Note on the mental hospitals in Burma - 1925-1940
Year: 1925
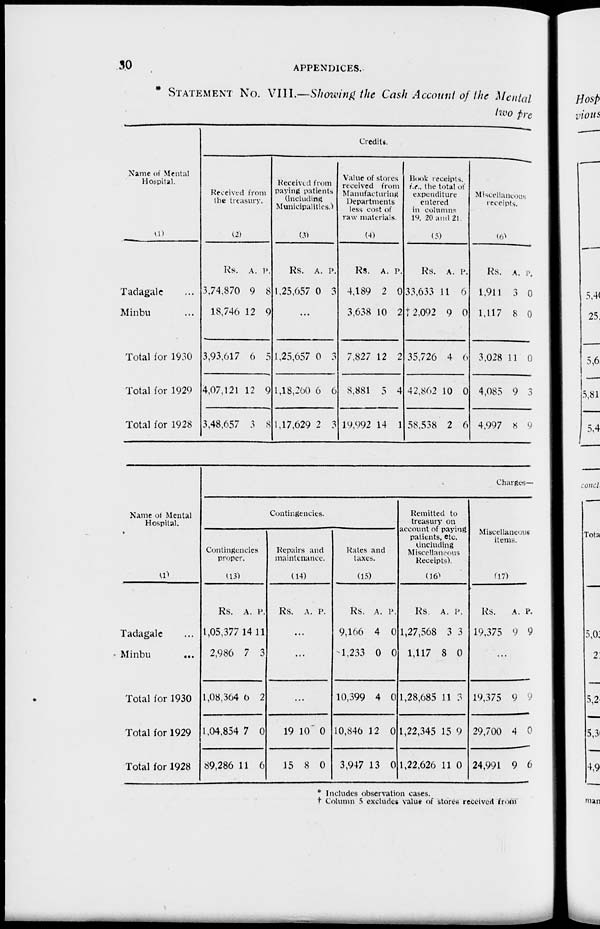
30
APPENDICES.
* STATEMENT No. VIII.—Showing the Cash Account of the Mental
two pre
Name of Mental
Hospital.
(1)
Tadagale ...
Minbu ...
Total for 1930
Total for 1929
Total for 1928
Credits.
Received from
the treasury.
(2)
Rs.
3,74,870
18,746
3,93,617
4,07,121
3,48,657
A.
9
12
6
12
3
P.
8
9
5
9
8
Received from
paying patients
(including
Municipalities.)
(3)
Rs.
1,25,657
A.
0
P.
3
...
1,25,657
1,18,260
1,17,629
0
6
2
3
6
3
Value of stores
received from
Manufacturing
Departments
less cost of
raw materials.
(4)
Rs.
4,189
3,638
7,827
8,881
19,992
A.
2
10
12
5
14
P.
0
2
2
4
1
Book receipts.
i.e.. the total of
expenditure
entered
in columns
19, 20 and 21
(5)
Rs.
33,633
†2,092
35,726
42,862
58,538
A.
11
9
4
10
2
P.
6
0
6
0
6
Miscellaneous
receipts.
(6)
Rs.
1,911
1,117
3,028
4,085
4,997
A.
3
8
11
9
8
P.
0
0
0
3
9
Name of Mental
Hospital.
(1)
Tadagale ...
Minbu
...
Total for 1930
Total for 1929
Total for 1928
Charges—
Contingencies.
Contingencies
proper.
(13)
Rs.
1,05,377
2,986
1,08,364
1,04,854
89,286
A.
14
7
6
7
11
P.
11
3
2
0
6
Repairs and
maintenance.
(14)
Rs. A. P.
...
...
...
19
15
10
8
0
0
Rates and
taxes.
(15)
Rs.
9,166
1,233
10,399
10,846
3,947
A.
4
0
4
12
13
P.
0
0
0
0
0
Remitted to
treasury on
account of paying
patients, etc.
(including
Miscellaneous
Receipts).
(16)
Rs.
1,27,568
1,117
1,28,685
1,22,345
1,22,626
A.
3
8
11
15
11
P.
3
0
3
9
0
Miscellaneous
items.
(17)
Rs.
19,375
A.
9
P.
9
...
19,375
29,700
24,991
9
4
9
9
0
6
* Includes observation cases.
† Column 5 excludes value of stores received from